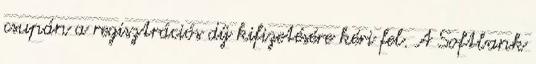
csupán a regisztrációs díj kifizetésére kéri fel. A Softbank